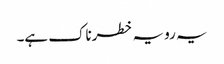
یہ رویہ خطرناک ہے۔